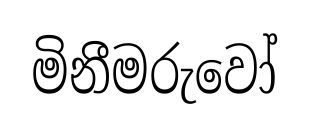
මිනීමරුවෝ